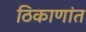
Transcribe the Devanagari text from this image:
ठिकाणांत